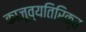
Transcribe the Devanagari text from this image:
काजूव्यतिरिक्त